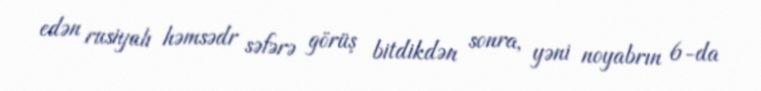
edən rusiyalı həmsədr səfərə görüş bitdikdən sonra, yəni noyabrın 6-da